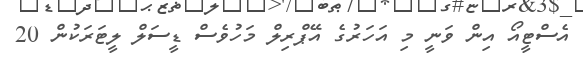
އެސްޓީއޯ އިން ވަނީ މި އަހަރުގެ އޭޕްރިލް މަހުވެސް ޑީސަލް ލީޓަރަކުން 20